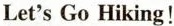
Let's Go Hiking!